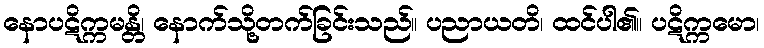
နောပဋိက္ကမန္တိ၊ နောက်သို့တက်ခြင်းသည်။ ပညာယတိ၊ ထင်ပါ၏။ ပဋိက္ကမော၊